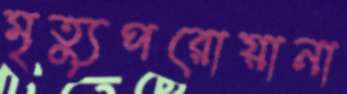
মৃত্যুপরোয়ানা